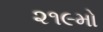
૨૧૯મો